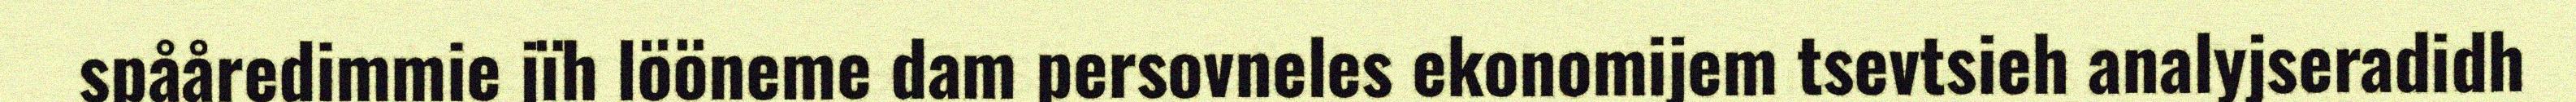
spååredimmie jïh lööneme dam persovneles ekonomijem tsevtsieh analyjseradidh